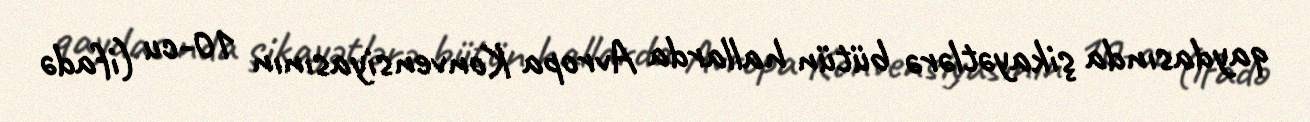
qaydasında şikayətlərə bütün hallarda Avropa Konvensiyasının 10-cu (ifadə